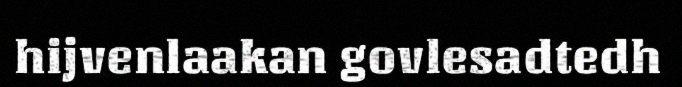
hijvenlaakan govlesadtedh